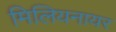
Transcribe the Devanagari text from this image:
मिलियनायर